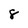
Character: 8